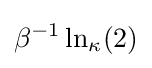
\beta ^{-1}\ln _{\kappa }(2)